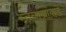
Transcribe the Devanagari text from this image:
स्तनाग्राकडे